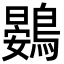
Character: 鷃